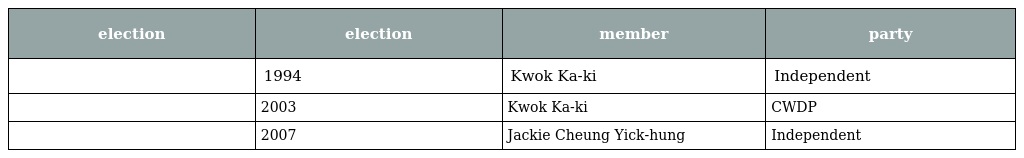
| election | election | member | party |
 | --- | --- | --- | --- |
 |  | 1994 | Kwok Ka-ki | Independent |
 |  | 2003 | Kwok Ka-ki | CWDP |
 |  | 2007 | Jackie Cheung Yick-hung | Independent |